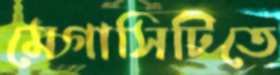
মেগাসিটিতে